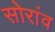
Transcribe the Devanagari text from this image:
सोरांव